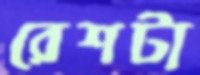
রেশটা